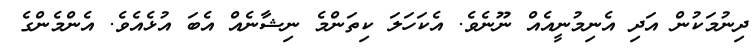
ދިނުމަކުން އަދި އެނިމުނީއެއް ނޫނެވެ. އެކަހަލަ ކިތަންމެ ނިޝާނެއް އެބަ އުޅެއެވެ. އެންމެންގެ